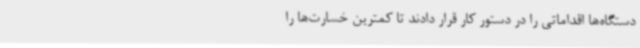
دستگاه‌ها اقداماتی را در دستور کار قرار دادند تا کمترین خسارت‌ها را